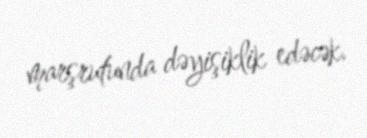
marşrutunda dəyişiklik edəcək.